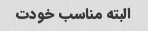
البته مناسب خودت